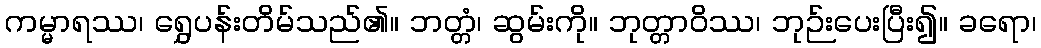
ကမ္မာရဿ၊ ရွှေပန်းတိမ်သည်၏။ ဘတ္တံ၊ ဆွမ်းကို။ ဘုတ္တာဝိဿ၊ ဘုဉ်းပေးပြီး၍။ ခရော၊